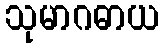
သုမာဂဓာယ